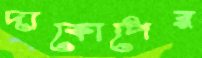
দাকোপের